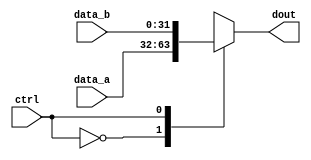
module Y_Mux
# (parameter DATA_WIDTH = 32)
(
	input ctrl,
	input [DATA_WIDTH-1:0] data_a, data_b,
	output reg [DATA_WIDTH-1:0] dout
);
	
	always @ (ctrl or data_a or data_b)
		case (ctrl)
			1'b0: dout = data_a;
			1'b1: dout = data_b;
		endcase
endmodule

module Mux_4Way
# (parameter DATA_WIDTH = 32)
(
	input [1:0] ctrl,
	input [DATA_WIDTH-1:0] data_a, data_b, data_c, data_d,
	output reg [DATA_WIDTH-1:0] dout
);
	
	always @ (ctrl or data_a or data_b or data_c or data_d)
		case (ctrl)
			2'b00: dout = data_a;
			2'b01: dout = data_b;
			2'b10: dout = data_c;
			2'b11: dout = data_d;
		endcase
endmodule

module Mux_8Way
# (parameter DATA_WIDTH = 32)
(
	input [2:0] ctrl,
	input [DATA_WIDTH-1:0] din0, din1, din2, din3, din4, din5, din6, din7,
	output reg [DATA_WIDTH-1:0] dout
);
	initial dout = {DATA_WIDTH{1'b0}};
	
	always @ (ctrl or 
	din0 or din1 or din2 or din3 or din4 or din5 or din6 or din7)
		case (ctrl)
			3'b000: dout = din0;
			3'b001: dout = din1;
			3'b010: dout = din2;
			3'b011: dout = din3;
			3'b100: dout = din4;
			3'b101: dout = din5;
			3'b110: dout = din6;
			3'b111: dout = din7;
		endcase
endmodule